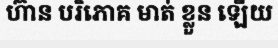
ហ៊ាន បរិភោគ មាត់ ខ្លួន ឡើយ